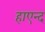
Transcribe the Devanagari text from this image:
हाएन्द